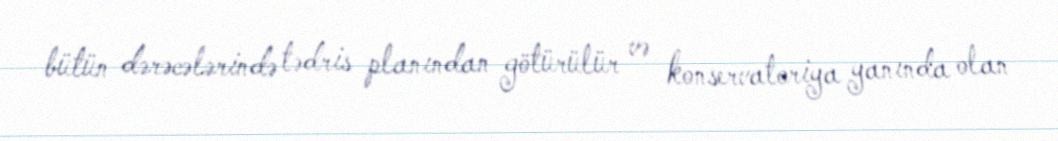
bütün dərəcələrində tədris planından götürülür və konservatoriya yanında olan